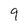
Character: 9